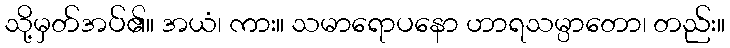
သို့မှတ်အပ်၏။ အယံ၊ ကား။ သမာရောပနော ဟာရသမ္ပာတော၊ တည်း။